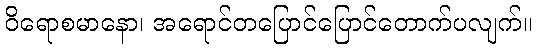
ဝိရောစမာနော၊ အရောင်တပြောင်ပြောင်တောက်ပလျက်။